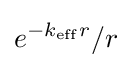
e^{-k_{\rm {eff}}r}/r